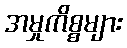
အမှုကိစ္စများ